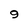
Character: 9